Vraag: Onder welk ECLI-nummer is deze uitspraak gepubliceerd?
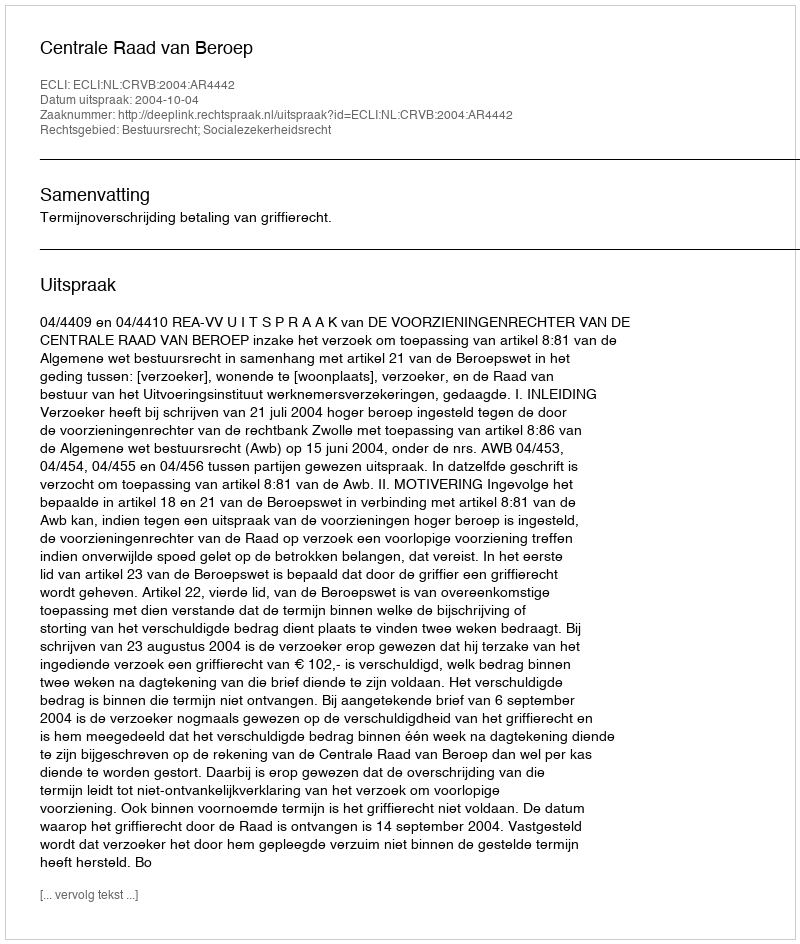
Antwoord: ECLI:NL:CRVB:2004:AR4442